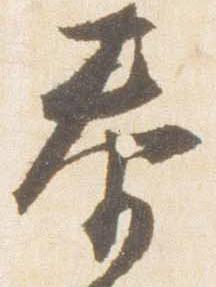
泰